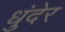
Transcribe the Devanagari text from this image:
धुंदेर